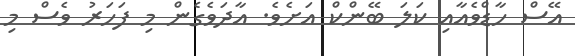
އޭސް ހާޑްވެއާއި ކަލަ ބޭންކް އަށެވެ. އާދަވެގެން މި ފަހަރު ވެސް މި